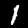
Label: 1